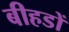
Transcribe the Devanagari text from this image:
बीहडों